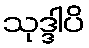
သုဒ္ဒါပိ